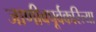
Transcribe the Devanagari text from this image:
जाणीवपूर्वकरित्या